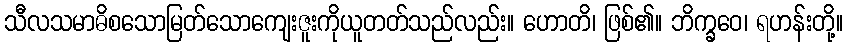
သီလသမာဓိစသောမြတ်သောကျေးဇူးကိုယူတတ်သည်လည်း။ ဟောတိ၊ ဖြစ်၏။ ဘိက္ခဝေ၊ ရဟန်းတို့။